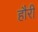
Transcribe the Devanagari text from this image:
हौरी